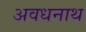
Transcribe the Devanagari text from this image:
अवधनाथ